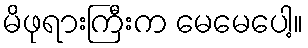
မိဖုရားကြီးက မေမေပေါ့။